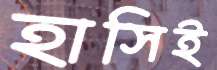
হাসিই